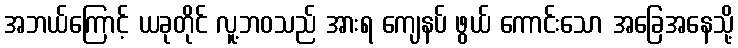
အဘယ်ကြောင့် ယခုတိုင် လူ့ဘဝသည် အားရ ကျေနပ် ဖွယ် ကောင်းသော အခြေအနေသို့